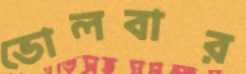
ভোলবার